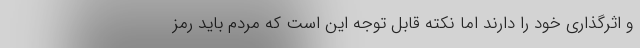
و اثرگذاری خود را دارند اما نکته قابل توجه این است که مردم باید رمز